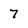
Character: 7